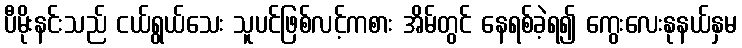
ပီမိုးနင်းသည် ငယ်ရွယ်သေး သူပင်ဖြစ်လင့်ကစား အိမ်တွင် နေရစ်ခဲ့ရ၍ ကွေးလေးနုနယ်နှမ